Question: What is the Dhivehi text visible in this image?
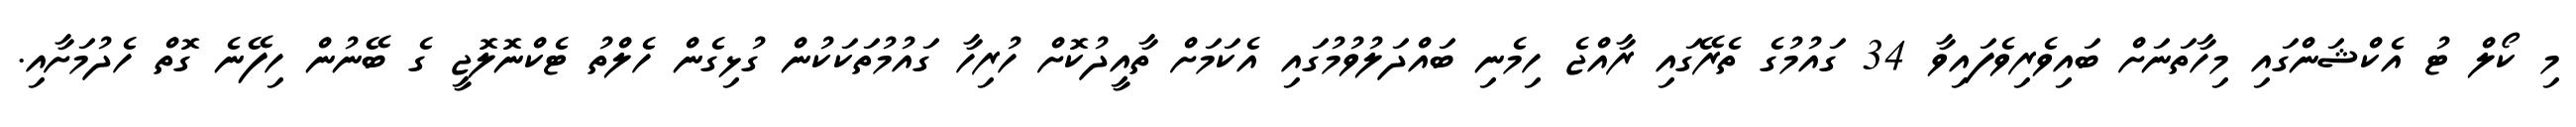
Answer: މި ކޯލް ޓު އެކްޝަންގައި މިހާތަނަށް ބައިވެރިވެފައިވާ 34 ގައުމުގެ ތެރޭގައި ރާއްޖެ ހިމެނި ބައްދަލުވުމުގައި އެކަމަށް ތާއީދުކޮށް ހުރިހާ ގައުމުތަކަކުން ގުޅިގެން ހެލްތު ޓެކްނޮލޮޖީ ގެ ބޭނުން ހިފޭނެ ގޮތް ހެދުމަށާއި.